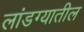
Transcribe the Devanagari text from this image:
लांडग्यातील